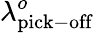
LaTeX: \lambda_{\mathrm{pick-off}}^{o}